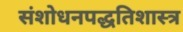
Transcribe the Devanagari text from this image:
संशोधनपद्धतिशास्त्र